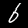
Label: 6